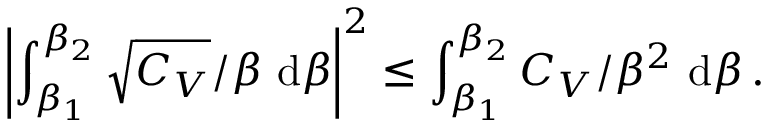
\left| \int _ { \beta _ { 1 } } ^ { \beta _ { 2 } } \sqrt { C _ { V } } / \beta ~ \mathrm d \beta \right| ^ { 2 } \leq \int _ { \beta _ { 1 } } ^ { \beta _ { 2 } } C _ { V } / \beta ^ { 2 } ~ \mathrm d \beta \, .